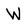
Character: W